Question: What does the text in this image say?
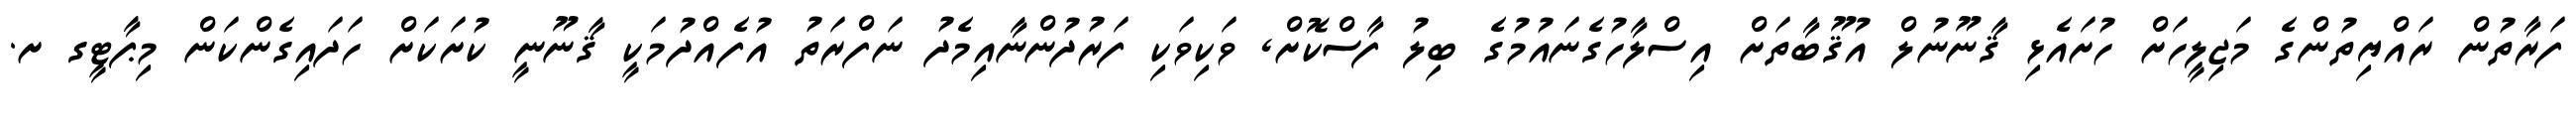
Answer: ފަރާތުން ރައްޔިތުންގެ މަޖިލީހަށް ހުށައެޅި ޤާނޫނުލް އުޤޫބާތަށް އިސްލާހުގެނައުމުގެ ބިލު ފާސްކޮށް, ވަކިވަކި ފަރުދުންނާއިމެދު ނަފްރަތު އުފެއްދުމަކީ ޤާނޫނީ ކުށަކަށް ހަދައިގެންކަން މިޕާޓީގ ށ.